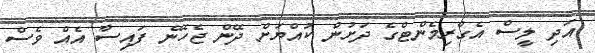
އަދި ލީސް އެގްރިމެންޓްގެ ދަށުން ކުއްޔަށް ދޭން ޖެހޭނެ ފައިސާ އެއް ވެސް